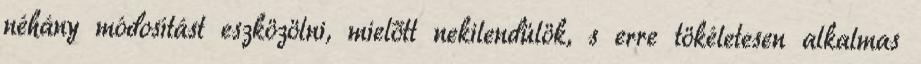
néhány módosítást eszközölni, mielőtt nekilendülök, s erre tökéletesen alkalmas